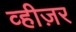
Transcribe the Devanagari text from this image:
व्हीज़र